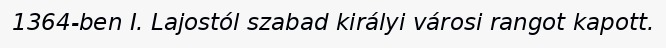
1364-ben I. Lajostól szabad királyi városi rangot kapott.